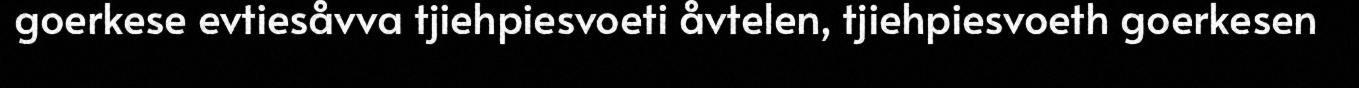
goerkese evtiesåvva tjiehpiesvoeti åvtelen, tjiehpiesvoeth goerkesen